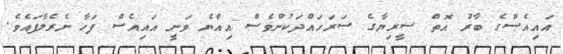
އައިއެސްގެ ބާރު އޮތް ސީރިޔާގެ ސަރަހައްދަކުންވެސް އިއްޔެ ވަނީ އައިއެސް ފަހާ ނެރެލާފައެވެ.